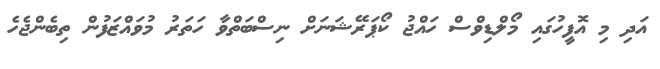
އަދި މި އޮފީހުގައި މޯލްޑިވްސް ހައްޖު ކޯޕަރޭޝަނަށް ނިސްބަތްވާ ހަތަރު މުވައްޒަފުން ތިބެންޖެހެ